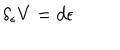
\delta _ { \epsilon } V = d \epsilon